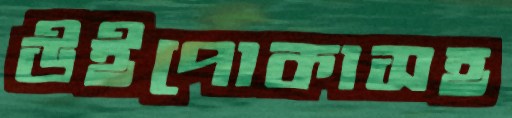
উইপোকাসহ